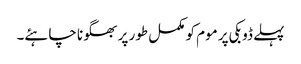
پہلے ڈوبکی پر موم کو مکمل طور پر بھگونا چاہئے۔